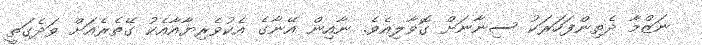
ނަޒްމާ ދެތިންފަހަރަކު ސިނާނަށް ގޮވާލިއެވެ. ނާއިން އޭނާގެ އެކުވެރިޔާއާއެކު ގޭތެރެއަށް ވަދެގަތީ